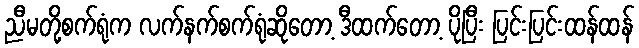
ညီမတို့စက်ရုံက လက်နက်စက်ရုံဆိုတော့ ဒီထက်တော့ ပိုပြီး ပြင်းပြင်းထန်ထန်